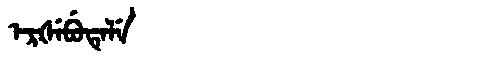
Manchu: ᡝᡵᡧᡝᠪᡠᡨᡝᠯᡝ
Romanization: ERŠEBUTELE